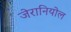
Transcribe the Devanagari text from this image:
जेरानियोल